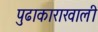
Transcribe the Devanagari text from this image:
पुढाकाराखाली